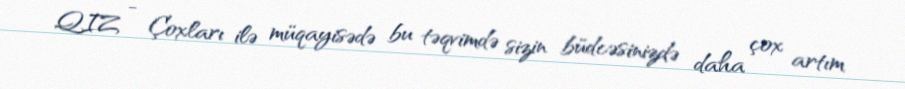
QIZ - Çoxları ilə müqayisədə bu təqvimdə sizin büdcəsinizdə daha çox artım